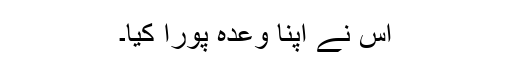
اس نے اپنا وعدہ پورا کیا۔